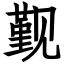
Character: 觐